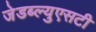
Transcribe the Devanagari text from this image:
जेडब्ल्युएसटी